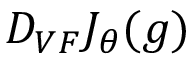
D _ { V F } J _ { \theta } ( g )